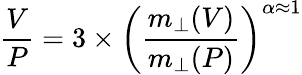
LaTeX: \frac{V}{P}=3\times\left(\frac{m_{\perp}(V)}{m_{\perp}(P)}\right)^{\alpha\approx 1}